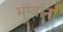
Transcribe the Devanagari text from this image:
मुंग्यांना